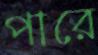
পারে